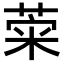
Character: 𦴕